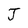
Character: J